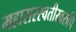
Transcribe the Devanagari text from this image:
महासरस्वतीस्वरुपि